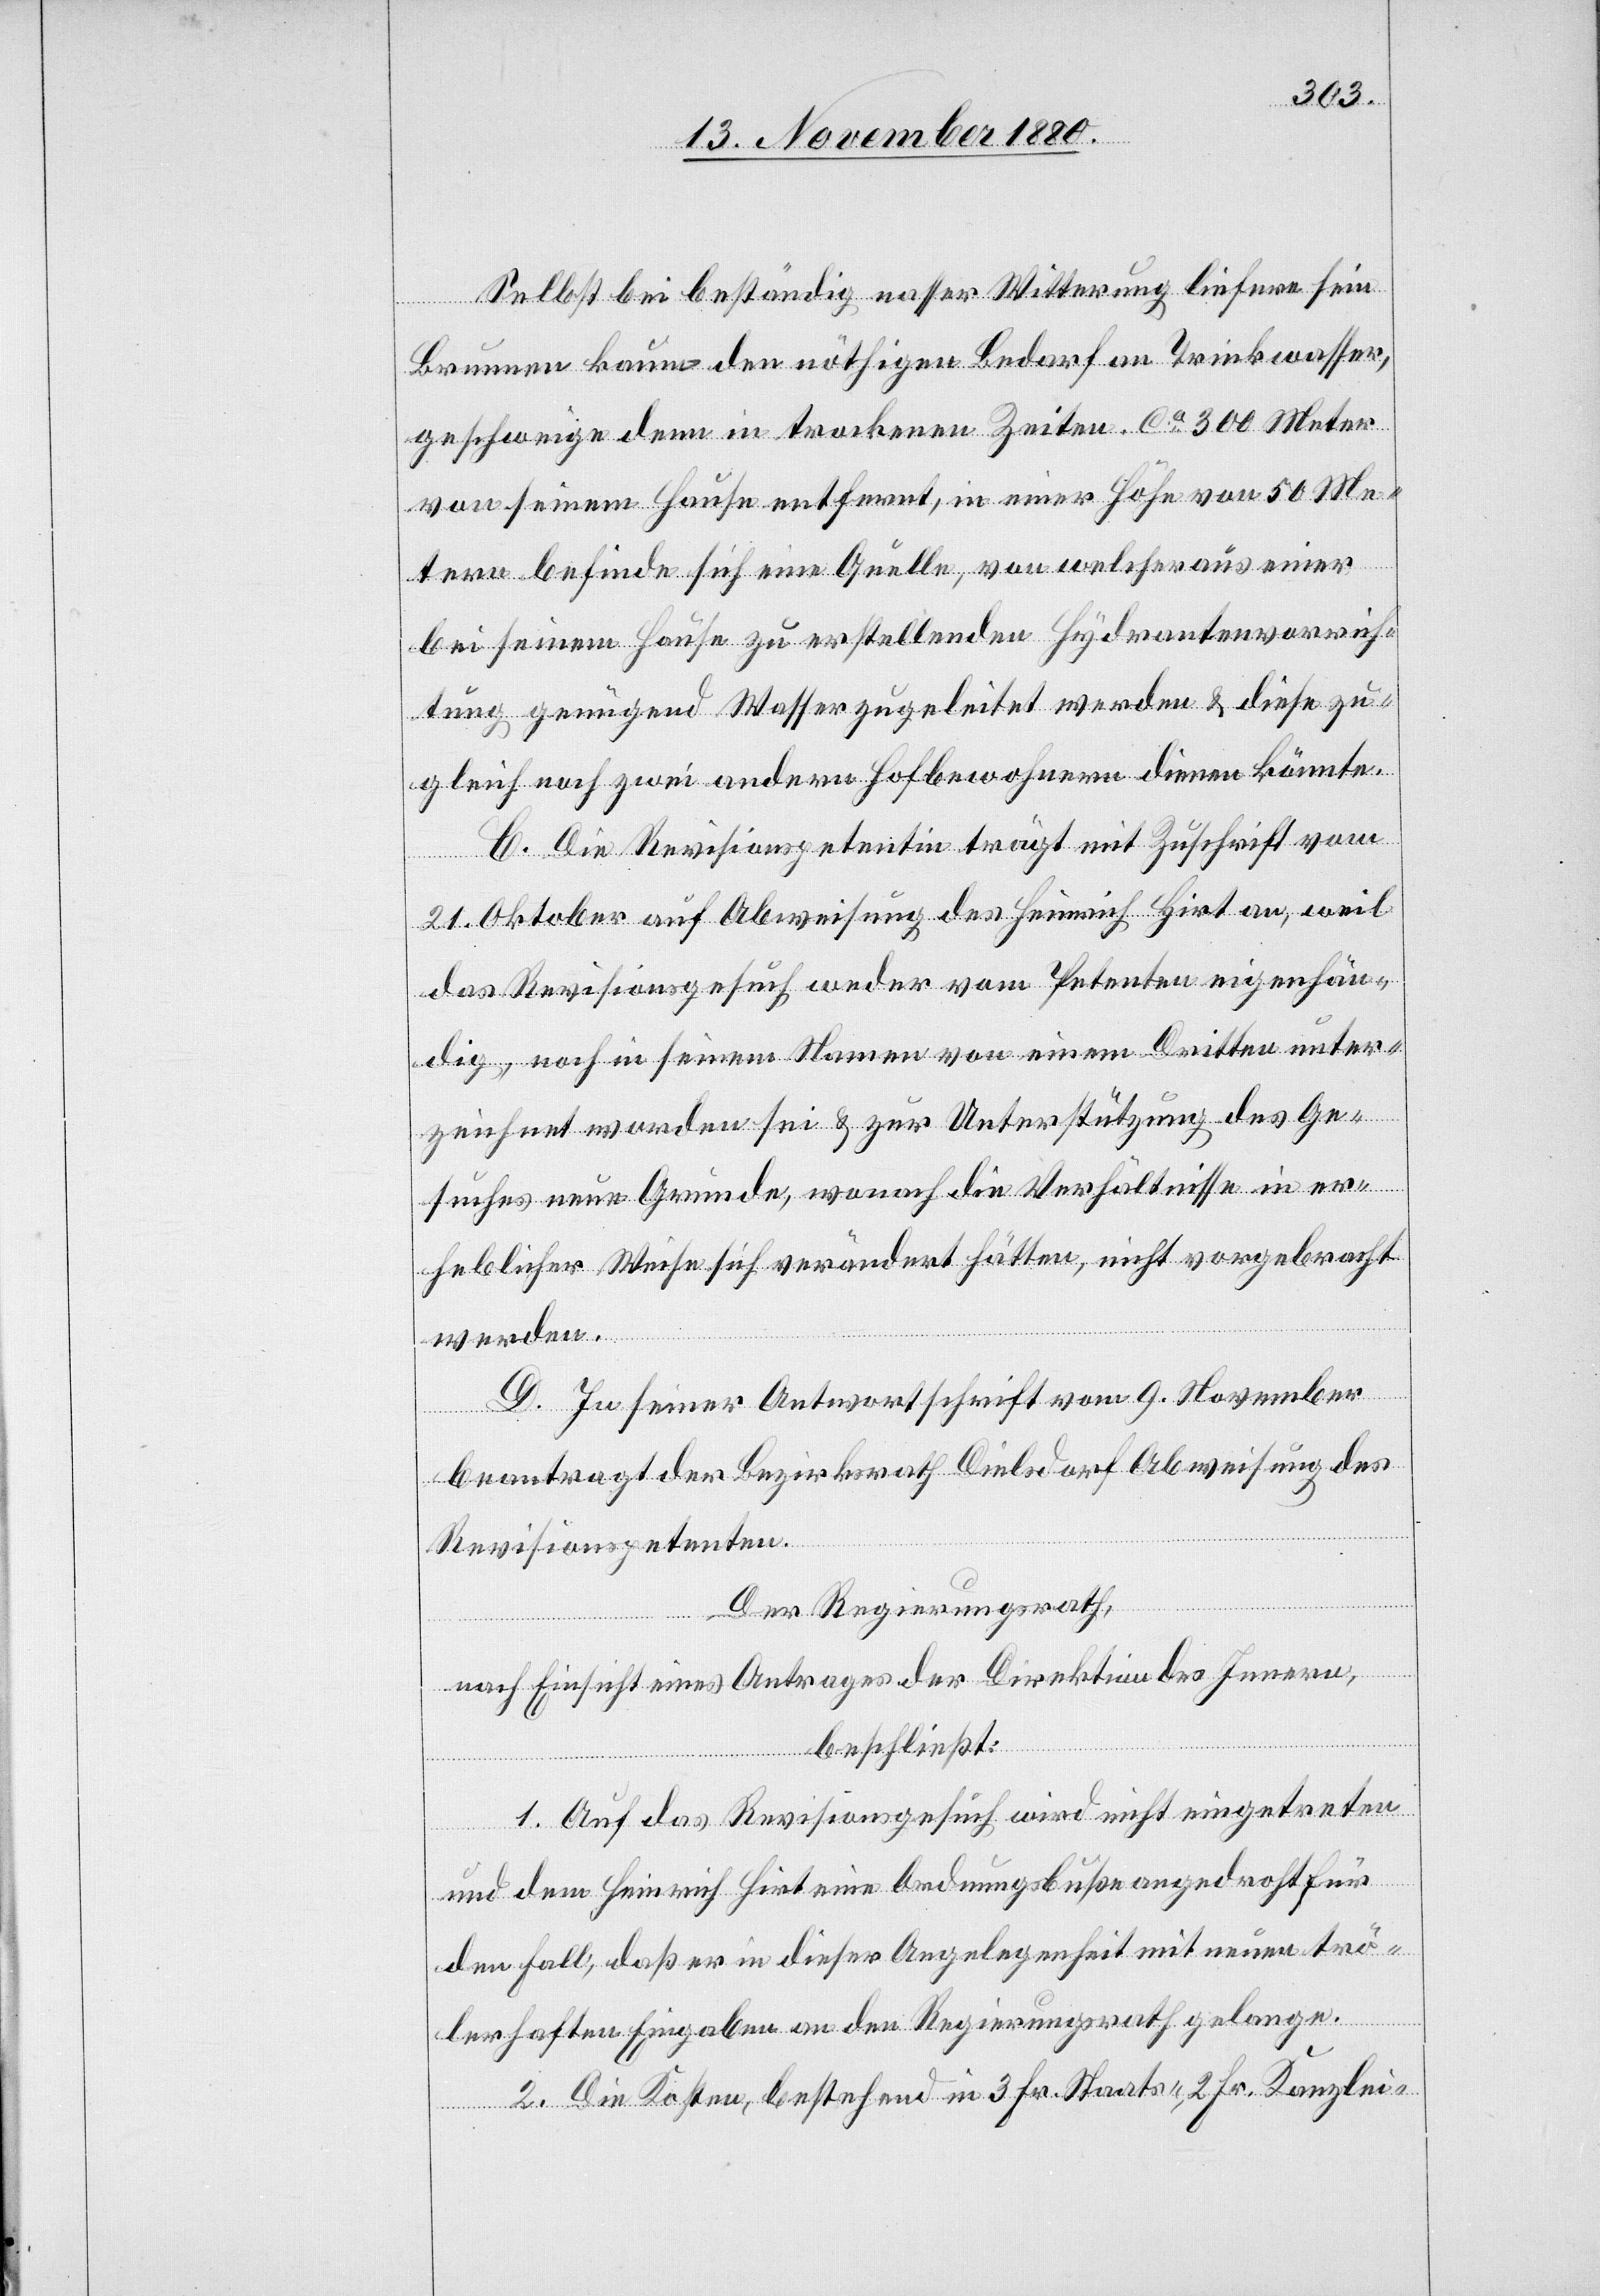
Selbst bei beständig nasser Witterung liefere sein
Brunnen kaum den nöthigen Bedarf an Trinkwasser,
geschweige denn in trockenen Zeiten. Ca 300 Meter
von seinem Hause entfernt, in einer Höhe von 50 Me¬
tern befinde sich eine Quelle, von welcher aus einer
bei seinem Hause zu erstellenden Hydrantenvorrich¬
tung genügend Wasser zugeleitet werden & diese zu¬
gleich noch zwei andern Hofbewohnern dienen könnte.
C. Die Revisionspetentin trägt mit Zuschrift vom
21. Oktober auf Abweisung des Heinrich Hirt an, weil
das Revisionsgesuch weder vom Petenten eigenhän¬
dig, noch in seinem Namen von einem Dritten unter¬
zeichnet worden sei & zur Unterstützung des Ge¬
suches neue Gründe, wonach die Verhältnisse in er¬
heblicher Weise sich verändert hätten, nicht vorgebracht
werden.
D. In seiner Antwortschrift vom 9. November
beantragt der Bezirksrath Dielsdorf Abweisung des
Revisionspetenten.
Der Regierungsrath,
nach Einsicht eines Antrages der Direktion des Innern,
beschließt:
1. Auf das Revisionsgesuch wird nicht eingetreten
und dem Heinrich Hirt eine Ordnungsbuße angedroht für
den Fall, daß er in dieser Angelegenheit mit neuen trö¬
lerhaften Eingaben an den Regierungsrath gelange.
2. Die Kosten, bestehend in 3 Fr. Staats-, 2 Fr. Kanzlei-